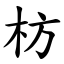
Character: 枋